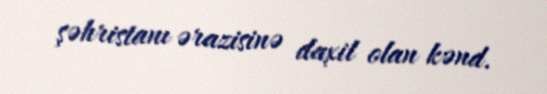
şəhristanı ərazisinə daxil olan kənd.